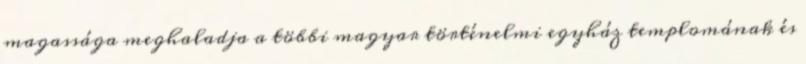
magassága meghaladja a többi magyar történelmi egyház templomának és